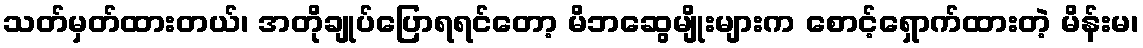
သတ်မှတ်ထားတယ်၊ အတိုချုပ်ပြောရရင်တော့ မိဘဆွေမျိုးများက စောင့်ရှောက်ထားတဲ့ မိန်းမ၊